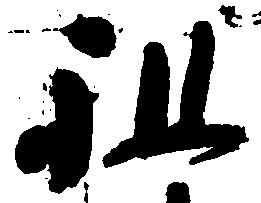
祖